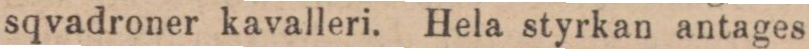
sqvadroner kavalleri. Hela styrkan antages